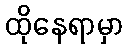
ထိုနေရာမှာ